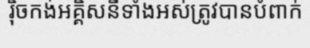
រ៉ិចកង់អគ្គិសនីទាំងអស់ត្រូវបានបំពាក់